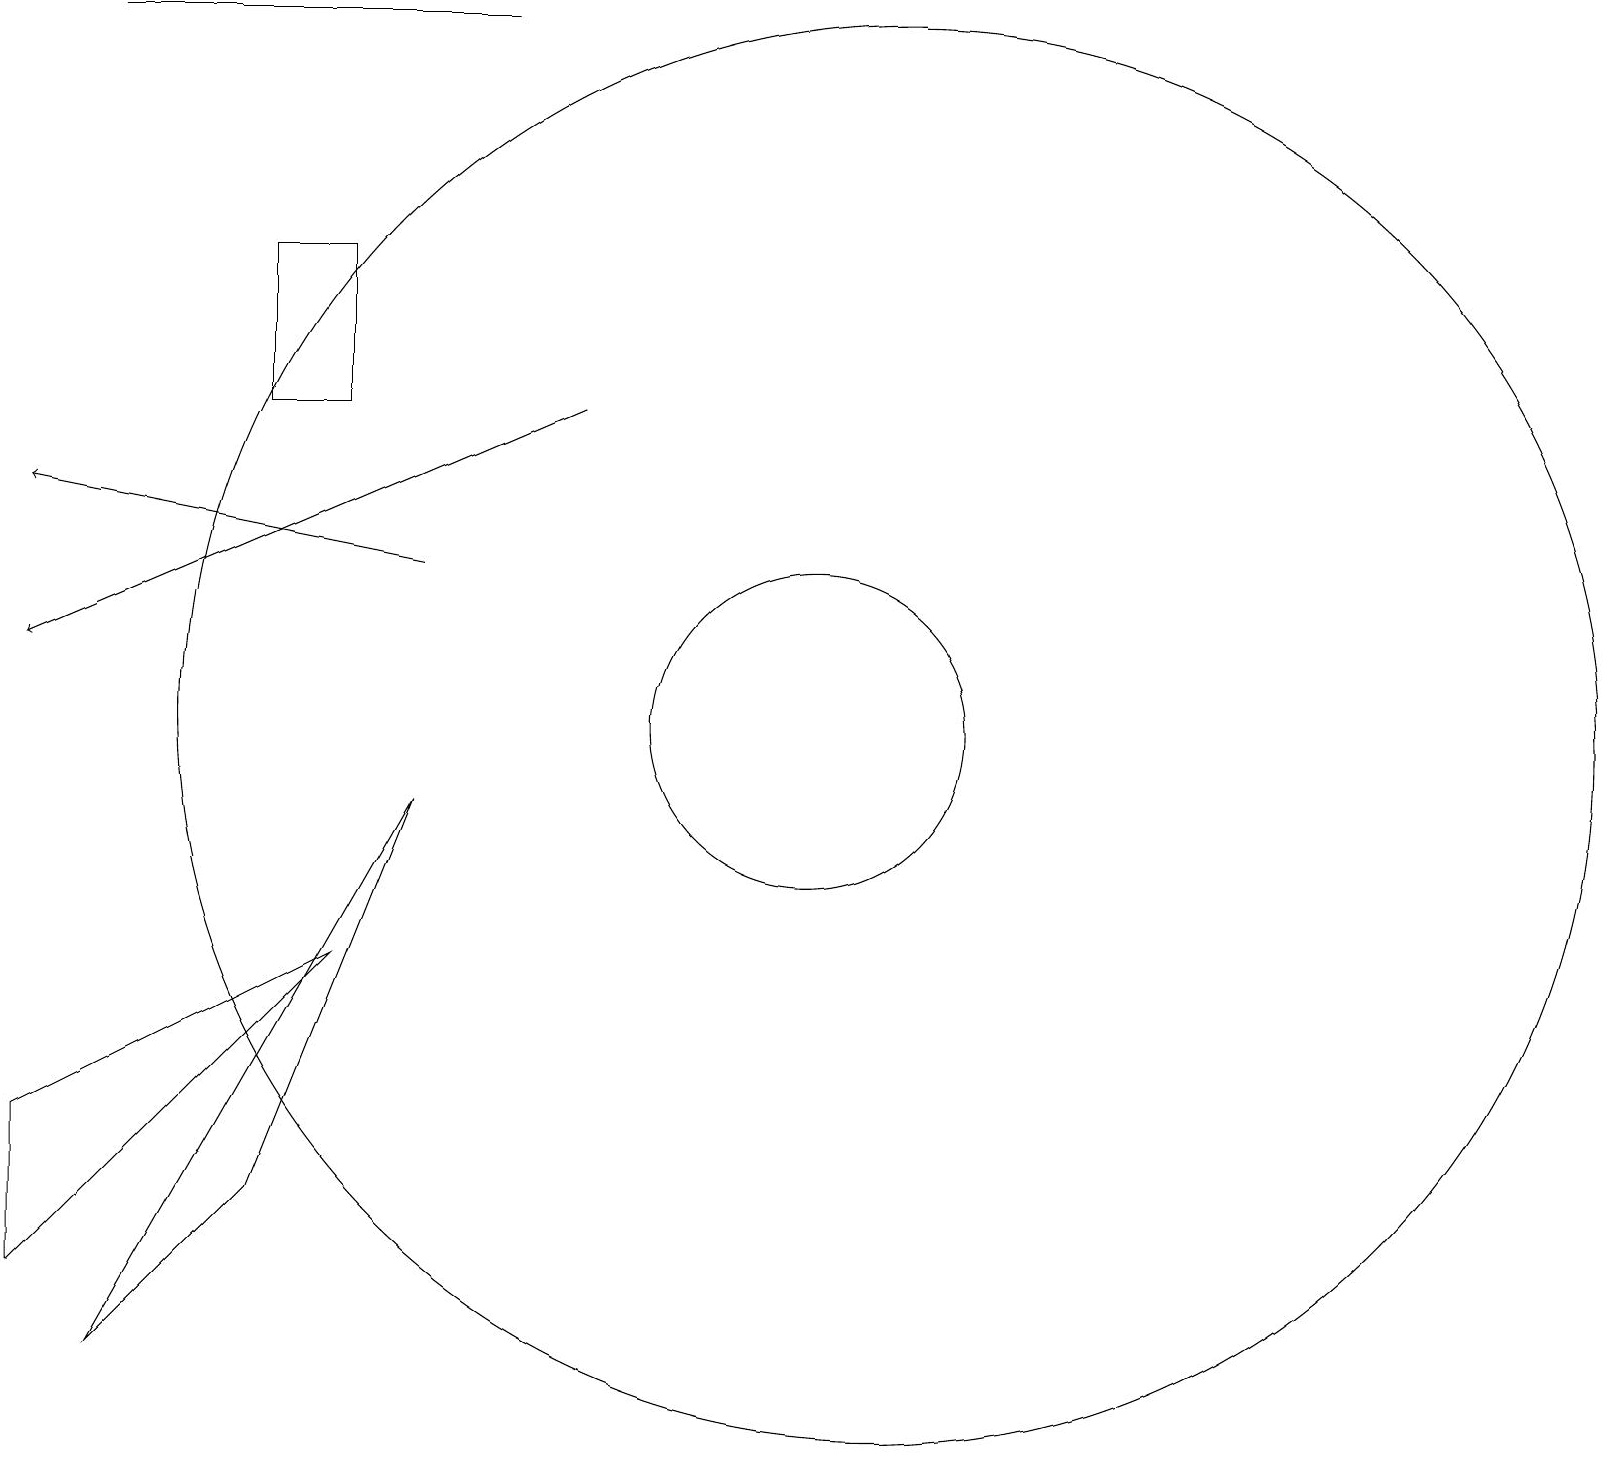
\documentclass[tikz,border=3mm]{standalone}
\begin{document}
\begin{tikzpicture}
\draw (5,14) rectangle (4,16);
\draw (7,19) rectangle (2,19);
\draw (1,5) -- (1,3) -- (5,7) -- cycle;
\draw[->] (6,12) -- (1,13);
\draw (4,4) -- (6,9) -- (2,2) -- cycle;
\draw (11,10) circle (2);
\draw (12,10) circle (9);
\draw[->] (8,14) -- (1,11);
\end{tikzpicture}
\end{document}